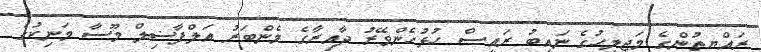
ރައްޔިތުންގެ މަޖިލީހުގެ ނައިބު ރައީސް ހުޅުހެންވޭރު ދާއިރާގެ މެންބަރު އަލްފާޟިލް މޫސާ މަނިކުގެ